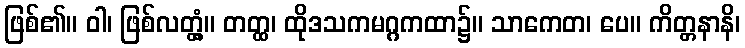
ဖြစ်၏။ ဝါ၊ ဖြစ်လတ္တံ့။ တတ္ထ၊ ထိုဒသကမဂ္ဂကထာ၌။ သာကေတ၊ ပေ။ ကိတ္တနာနိ၊